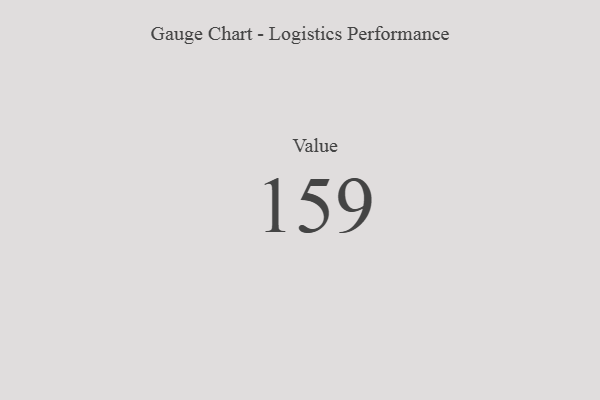
{"axis": {"x": "Metric", "y": "Value"}, "legend": [""], "data": [{"x": "Value", "y": 159, "type": ""}]}